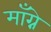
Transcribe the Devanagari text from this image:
माँग्ने